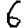
Digit: 6